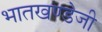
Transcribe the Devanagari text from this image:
भातखण्डेजी